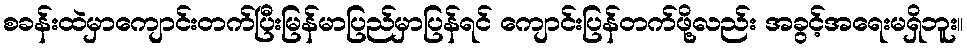
စခန်းထဲမှာကျောင်းတက်ပြီးမြန်မာပြည်မှာပြန်ရင် ကျောင်းပြန်တက်ဖို့လည်း အခွင့်အရေးမရှိဘူး။